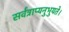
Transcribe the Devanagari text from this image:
सर्वत्राप्यनुभुयते।